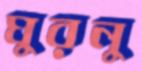
ঘুরনু